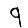
Digit: 9